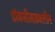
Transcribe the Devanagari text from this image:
डॉकसीसाइक्लीन